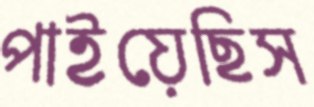
পাইয়েছিস